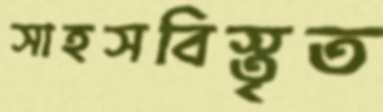
সাহসবিস্তৃত